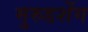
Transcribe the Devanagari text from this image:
मुरुडशेंग